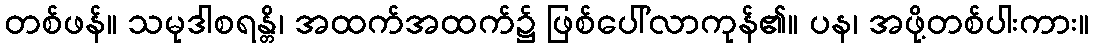
တစ်ဖန်။ သမုဒါစရန္တိ၊ အထက်အထက်၌ ဖြစ်ပေါ်လာကုန်၏။ ပန၊ အဖို့တစ်ပါးကား။